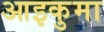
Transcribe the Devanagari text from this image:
आइकुमा